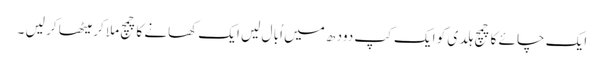
ایک چا ئے کا چمچ ہلد ی کو ایک کپ دود ھ میں اُبا ل لیں ایک کھانے کا چمچ ملا کر میٹھا کر لیں ۔